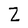
Character: Z